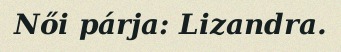
Női párja: Lizandra.